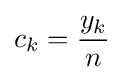
c_{k}={\frac {y_{k}}{n}}